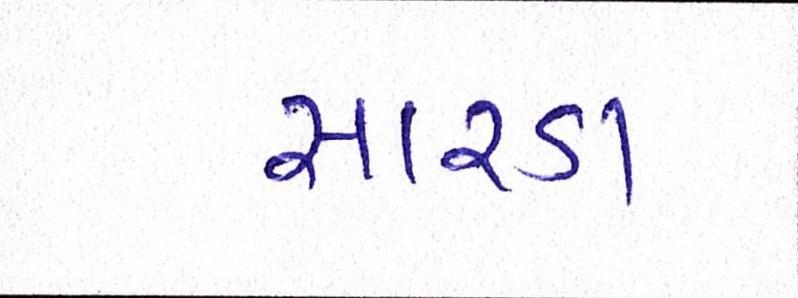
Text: સારડા